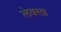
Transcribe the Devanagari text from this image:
लेक्सा